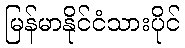
မြန်မာနိုင်ငံသားပိုင်